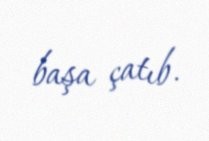
başa çatıb.